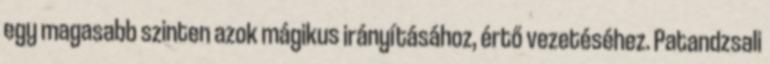
egy magasabb szinten azok mágikus irányításához, értő vezetéséhez. Patandzsali